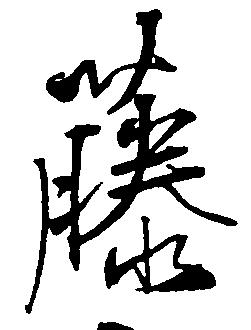
藤